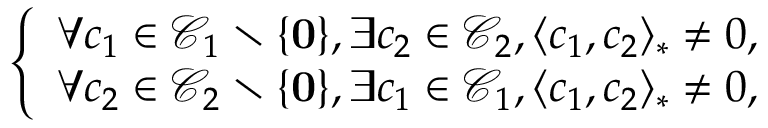
\left\{ \begin{array} { c } { \forall c _ { 1 } \in \mathscr { C } _ { 1 } \setminus \{ \mathbf { 0 } \} , \exists c _ { 2 } \in \mathscr { C } _ { 2 } , \langle c _ { 1 } , c _ { 2 } \rangle _ { * } \ne 0 , } \\ { \forall c _ { 2 } \in \mathscr { C } _ { 2 } \setminus \{ \mathbf { 0 } \} , \exists c _ { 1 } \in \mathscr { C } _ { 1 } , \langle c _ { 1 } , c _ { 2 } \rangle _ { * } \ne 0 , } \end{array} \right.